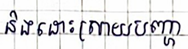
និងដោះស្រាយបញ្ហា